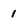
Character: 1